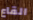
القاع